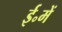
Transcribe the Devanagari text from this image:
ई॰में